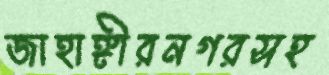
জাহাঙ্গীরনগরসহ